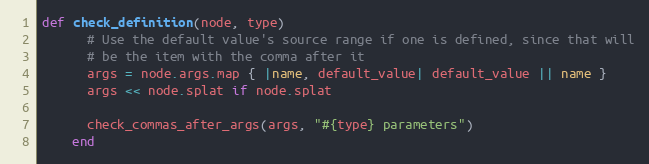
Language: Ruby
def check_definition(node, type)
      # Use the default value's source range if one is defined, since that will
      # be the item with the comma after it
      args = node.args.map { |name, default_value| default_value || name }
      args << node.splat if node.splat

      check_commas_after_args(args, "#{type} parameters")
    end